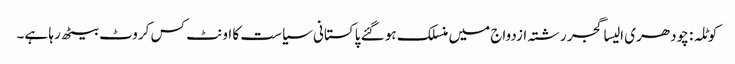
کوٹلہ : چودھری الیسا گجر رشتہ ازدواج میں منسلک ہو گئے	 پاکستانی سیاست کا اونٹ کس کروٹ بیٹھ رہا ہے۔